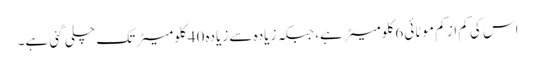
اس کی کم از کم موٹائی 6 کلومیٹر ہے، جبکہ زیادہ سے زیادہ 40 کلومیٹر تک چلی گئی ہے۔